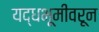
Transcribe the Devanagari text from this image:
यद्धभूमीवरून